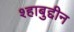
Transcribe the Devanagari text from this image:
श्हाबुद्दीन